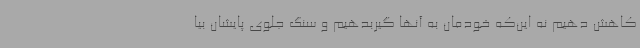
کاهش دهیم نه این‌که خودمان به آنها گیربدهیم و سنگ جلوی پایشان بیا